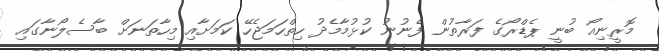
މޮރީނިއޯ ބުނީ ޕެޑްރޯގެ ފަރާތުން ފެނުނު ކުޅުމާމެދު ހިތްހަމަޖެހޭ ކަމަށާއި މިހާތަނަށް ބާސެލޯނާގައި